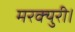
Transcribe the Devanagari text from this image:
मरक्युरी।